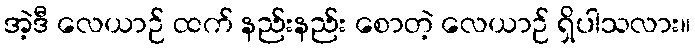
အဲ့ဒီ လေယာဉ် ထက် နည်းနည်း စောတဲ့ လေယာဉ် ရှိပါသလား။